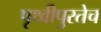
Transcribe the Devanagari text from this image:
पृथ्वीपुरतेच